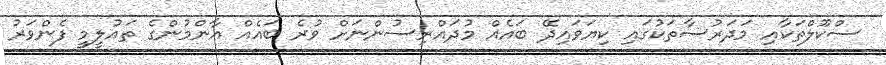
ސްކޫލްތަކާއި މަދަރުސާތަކުގައި ކިޔަވައިދޭ ބައެއް މުދައްރިސުންނަށް ވުރެ ބައެއް އާންމުންގެ ތައުލީމީ ފެންވަރު